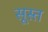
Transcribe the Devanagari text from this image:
सूस्त